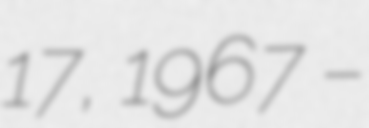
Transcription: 17, 1967 –